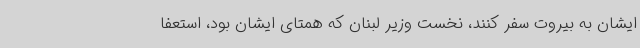
ایشان به بیروت سفر کنند، نخست وزیر لبنان که همتای ایشان بود، استعفا